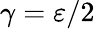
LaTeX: \gamma=\varepsilon/2